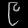
Digit: ၉